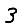
Digit: 3